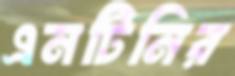
এনটিনির